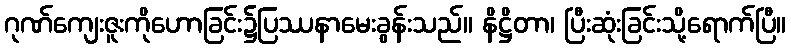
ဂုဏ်ကျေးဇူးကိုဟောခြင်း၌ပြဿနာမေးခွန်းသည်။ နိဋ္ဌိတာ၊ ပြီးဆုံးခြင်းသို့ရောက်ပြီ။